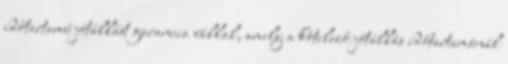
időtartamú jótállást garancia vállal, amely a kötelező jótállás időtartamánál